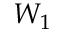
W _ { 1 }